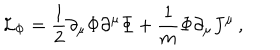
{ \cal L } _ { \Phi } = \frac { 1 } { 2 } \partial _ { \mu } \Phi \partial ^ { \mu } \Phi + \frac { 1 } { m } \Phi \partial _ { \mu } J ^ { \mu } \, ,